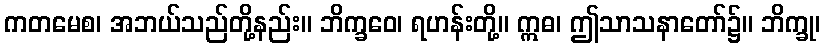
ကတမေစ၊ အဘယ်သည်တို့နည်း။ ဘိက္ခဝေ၊ ရဟန်းတို့။ ဣဓ၊ ဤသာသနာတော်၌။ ဘိက္ခု၊